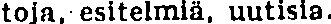
toja, esitelmiä, uutisia.